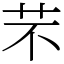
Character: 芣